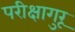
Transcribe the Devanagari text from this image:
परीक्षागुरू